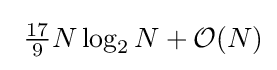
~{\tfrac {17}{9}}N\log _{2}N+{\mathcal {O}}(N)